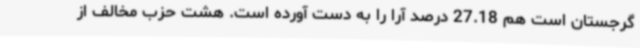
گرجستان است هم 27.18 درصد آرا را به دست آورده است. هشت حزب مخالف از